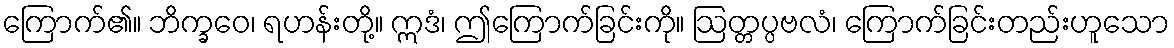
ကြောက်၏။ ဘိက္ခဝေ၊ ရဟန်းတို့။ ဣဒံ၊ ဤကြောက်ခြင်းကို။ ဩတ္တပ္ပဗလံ၊ ကြောက်ခြင်းတည်းဟူသော